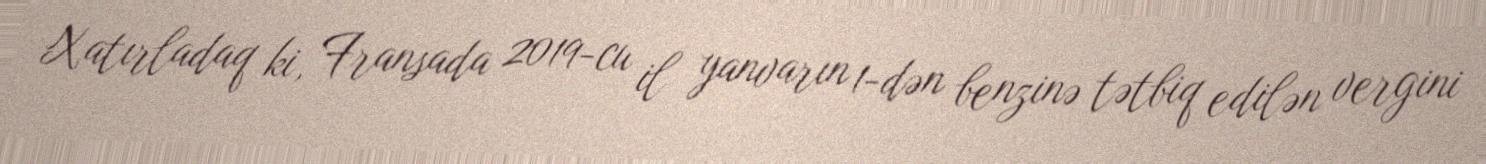
Xatırladaq ki, Fransada 2019-cu il yanvarın 1-dən benzinə tətbiq edilən vergini